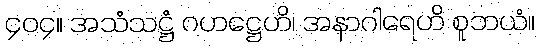
၄၀၄။ အသံသဋ္ဌံ ဂဟဋ္ဌေဟိ၊ အနာဂါရေဟိ စူဘယံ။